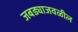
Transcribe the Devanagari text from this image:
जबड्याजवळील